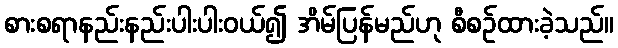
စားစရာနည်းနည်းပါးပါးဝယ်၍ အိမ်ပြန်မည်ဟု စီစဉ်ထားခဲ့သည်။